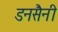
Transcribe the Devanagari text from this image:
डनसैनी